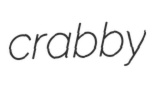
crabby